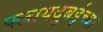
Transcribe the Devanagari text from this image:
फ्लायदुबईच्या